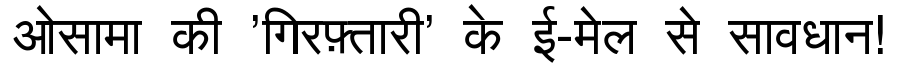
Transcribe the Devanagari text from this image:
ओसामा की 'गिरफ़्तारी' के ई-मेल से सावधान!